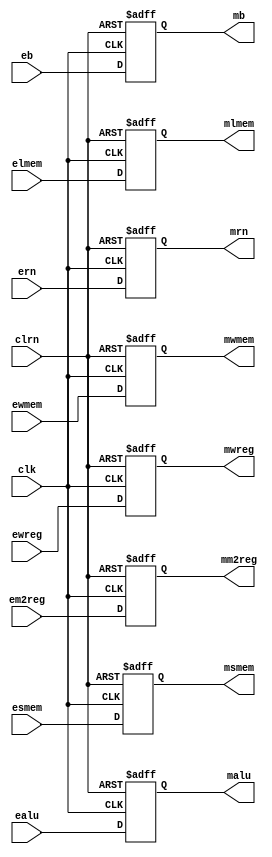
module pipeemreg(ewreg,em2reg,ewmem,elmem,esmem,ealu,eb,ern,clk,clrn,
mwreg,mm2reg,mwmem,mlmem,msmem,malu,mb,mrn);
   input [31:0] ealu,eb;
   input [4:0] ern;
   input ewreg,em2reg,ewmem;
   //for memory
   input [2:0] elmem;
   input [1:0] esmem;
   input clk,clrn;
   output [31:0] malu,mb;
   output [4:0] mrn;
   output mwreg,mm2reg,mwmem;
   //for memory
   output [2:0] mlmem;
   output [1:0] msmem;
   reg [31:0] malu,mb;
   reg [4:0] mrn;
   reg mwreg,mm2reg,mwmem,mlmem,msmem;
   always @(negedge clrn or posedge clk)
       if (clrn == 0) begin
           mwreg <= 0;
           mm2reg <=0;
           mwmem <= 0;
           malu <= 0;
           mb <= 0;
           mrn <= 0;
           mlmem <= 0;
           msmem <= 0;
       end else begin
           mwreg <= ewreg;
           mm2reg <= em2reg;
           mwmem <= ewmem;
           malu <= ealu;
           mb <= eb;
           mrn <= ern;
           mlmem <= elmem;
           msmem <= esmem;
       end
endmodule